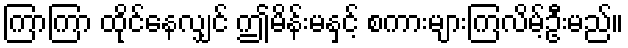
ကြာကြာ ထိုင်နေလျှင် ဤမိန်းမနှင့် စကားများကြလိမ့်ဦးမည်။